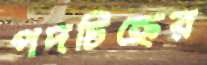
পদচিহ্নের